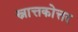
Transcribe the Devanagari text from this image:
स्नात्तकोत्तर